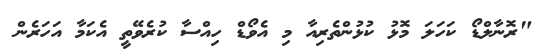
"ރޮނާލްޑޯ ކަހަލަ މޮޅު ކުޅުންތެރިއާ މި އެވޯޑް ހިއްސާ ކުރެވޭތީ އެކަމާ އަހަރެން